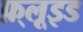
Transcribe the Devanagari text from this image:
फ़्लूइड